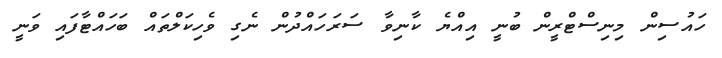
ހައުސިން މިނިސްޓްރީން ބުނީ އިއްޔެ ކާނިވާ ސަރަހައްދުން ނެގި ވެހިކަލްތައް ބަހައްޓާފައި ވަނީ